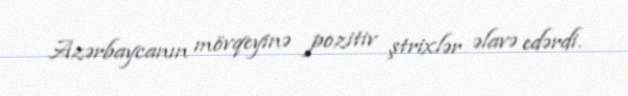
Azərbaycanın mövqeyinə pozitiv ştrixlər əlavə edərdi.